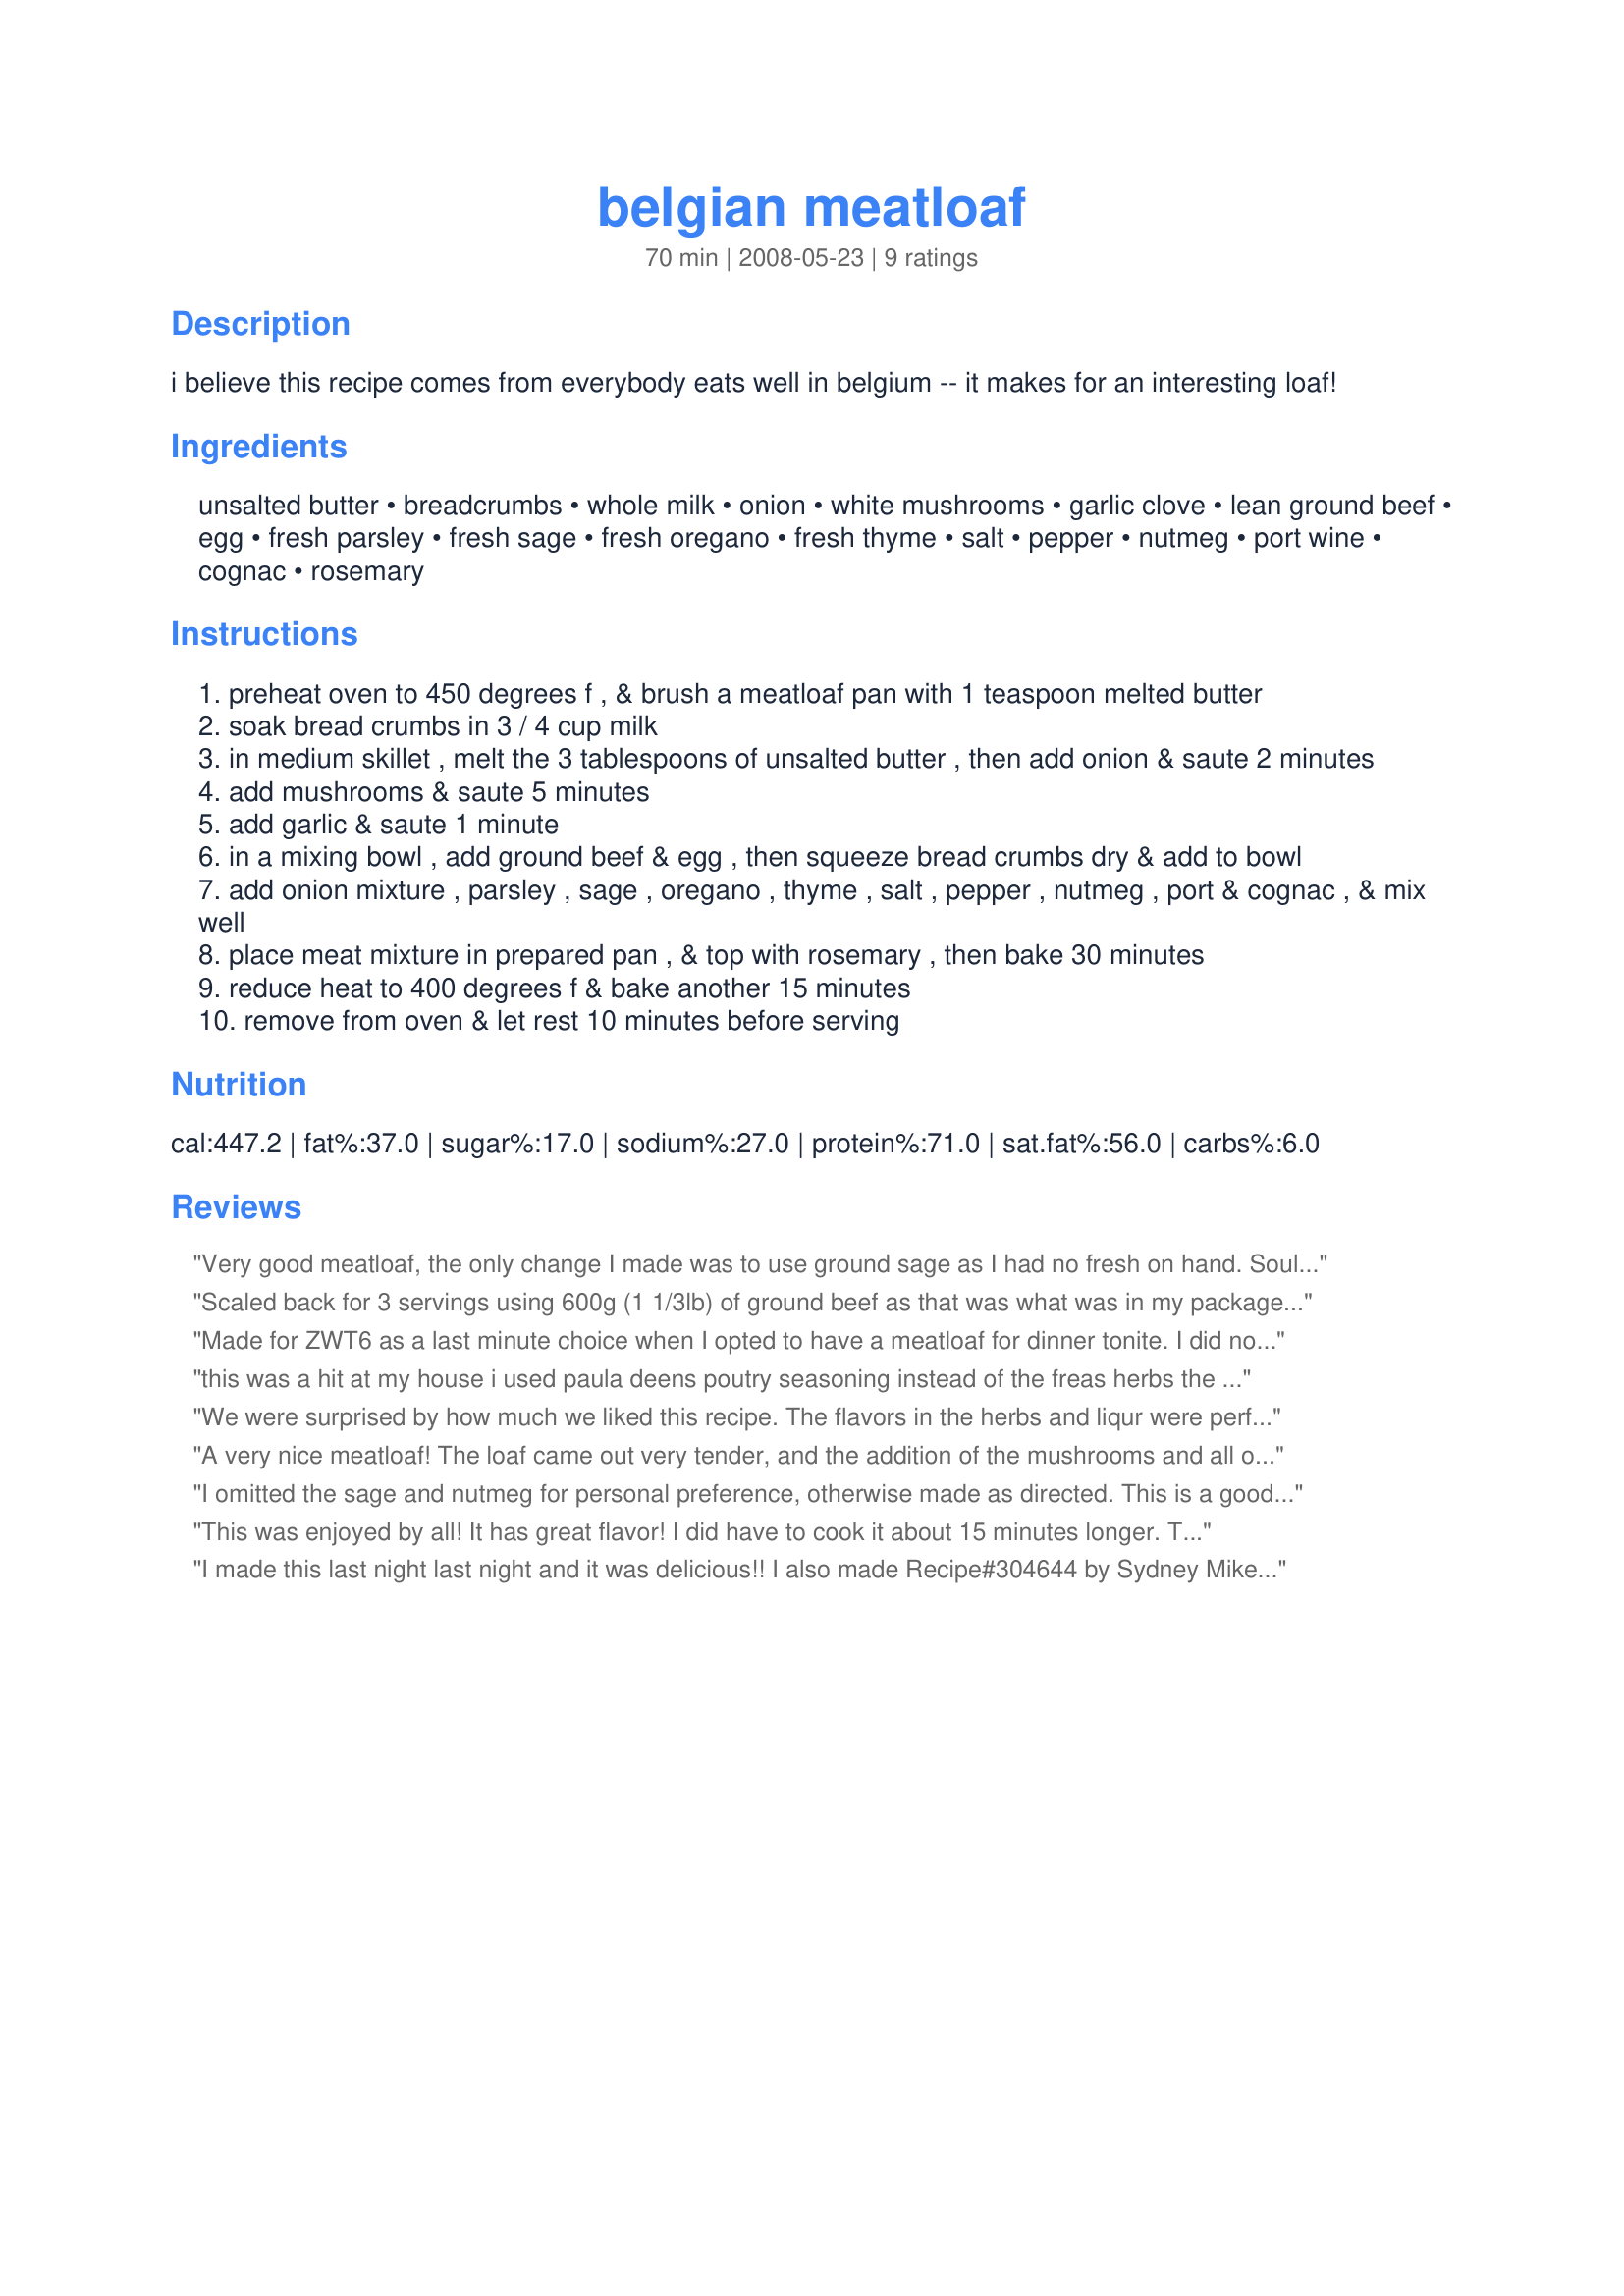
belgian meatloaf
Preparation time: 70 minutes

i believe this recipe comes from everybody eats well in belgium -- it makes for an interesting loaf!

Ingredients:
unsalted butter, breadcrumbs, whole milk, onion, white mushrooms, garlic clove, lean ground beef, egg, fresh parsley, fresh sage, fresh oregano, fresh thyme, salt, pepper, nutmeg, port wine, cognac, rosemary

Steps:
preheat oven to 450 degrees f , & brush a meatloaf pan with 1 teaspoon melted butter
soak bread crumbs in 3 / 4 cup milk
in medium skillet , melt the 3 tablespoons of unsalted butter , then add onion & saute 2 minutes
add mushrooms & saute 5 minutes
add garlic & saute 1 minute
in a mixing bowl , add ground beef & egg , then squeeze bread crumbs dry & add to bowl
add onion mixture , parsley , sage , oregano , thyme , salt , pepper , nutmeg , port & cognac , & mix well
place meat mixture in prepared pan , & top with rosemary , then bake 30 minutes
reduce heat to 400 degrees f & bake another 15 minutes
remove from oven & let rest 10 minutes before serving

Reviews:
Very good meatloaf, the only change I made was to use ground sage as I had no fresh on hand. Sould I make this again I probably wouldn't use the whole 5 oz of mushrooms due to husband's dislike of them. Leftovers will taste great as sandwiches. Made for ZWT4
Scaled back for 3 servings using 600g (1 1/3lb) of ground beef as that was what was in my package (had enough for 4, DM demanded the 4th for lunch but DS beat her to it and made himself a sandwich). This fitted into my loaf tin just right. Baked for 45 minutes at 170 C in a fan forced oven. I used a pinch of ground sage but all other herbs were fresh and omitted the port wine as I had none. Served with a peppered mushroom gravy and mashed potatoe and steamed vegetables. Thank you Sydney Mike. Made for Who Am I.
Made for ZWT6 as a last minute choice when I opted to have a meatloaf for dinner tonite. I did not have fresh mushrooms, but it was otherwise made as written & was a lot of fun to make! I was dancin around my kitchen singin *parsley, sage, rosemary & thyme* like I was backup for S&G. I made 2 mini-loaves so I could freeze 1 for another dy. The aroma as it cooked was heavenly & the flavor terrific. Thx for sharing this great recipe w/us. :-) *Edited to Add* ~ This meatloaf cooks to a lovely & esp flavorful crispy crunch on the surfaces. *Yum* !
this was a hit at my house i used paula deens poutry seasoning instead of the freas herbs the cognac really bumped up the flavor my friend really liked this and hes a plain meat and potatoeas guy i just used cognac as thats what i had will be making this again.and again
We were surprised by how much we liked this recipe. The flavors in the herbs and liqur were perfect for this recipe. Would not change a thing.
A very nice meatloaf! The loaf came out very tender, and the addition of the mushrooms and all of those herbs just made the flavor sing. I've never used cognac or port in meatloaf, they added a classy note that I very much liked. I used Tawney port, as I thought ruby would just be too sweet. Thanks for posting a great recipe!
I omitted the sage and nutmeg for personal preference, otherwise made as directed. This is a good meatloaf recipe that has lots of flavor. The liquor really adds something different to plain old meatloaf. Thanks for posting.
This was enjoyed by all! It has great flavor! I did have to cook it about 15 minutes longer. Thanks Syd!
I made this last night last night and it was delicious!! I also made Recipe#304644 by Sydney Mike. It was such a wonderful easy recipe to do, it turns out moist and light, I served it with gravy as my men love their gravy. It was a perfect meal and combo. My teenage son had just played his first football match with his team and they won 8-2, so a perfect meal for a champ. He loved both of the recipes and had seconds. A definite winner!!!
